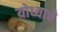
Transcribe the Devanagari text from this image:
योध्याचे